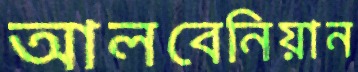
আলবেনিয়ান